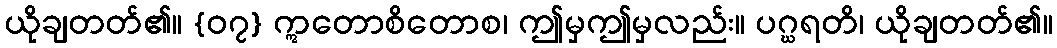
ယိုချတတ်၏။ {၀၇} ဣတောစိတောစ၊ ဤမှဤမှလည်း။ ပဂ္ဃရတိ၊ ယိုချတတ်၏။